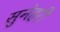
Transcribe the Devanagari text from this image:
सुनेहरी